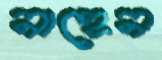
নাহেন